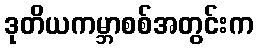
ဒုတိယကမ္ဘာစစ်အတွင်းက